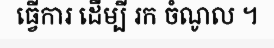
ធ្វើការ ដើម្បី រក ចំណូល ។